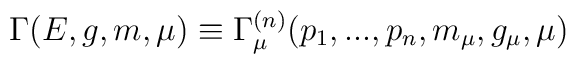
\Gamma (E,g,m,\mu )\equiv \Gamma _{\mu }^{(n)}(p_{1},...,p_{n},m_{\mu},g_{\mu },\mu )